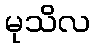
မုသိလ